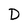
Character: D